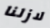
لازلنا